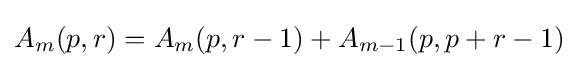
A_{m}(p,r)=A_{m}(p,r-1)+A_{m-1}(p,p+r-1)